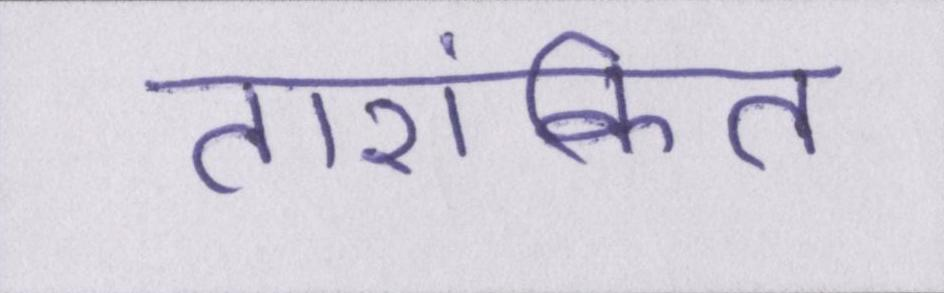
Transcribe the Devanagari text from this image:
तारांकित